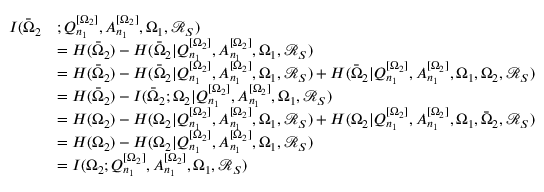
\begin{array} { r l } { I ( \bar { \Omega } _ { 2 } } & { ; Q _ { n _ { 1 } } ^ { [ \Omega _ { 2 } ] } , A _ { n _ { 1 } } ^ { [ \Omega _ { 2 } ] } , \Omega _ { 1 } , \mathcal { R } _ { S } ) } \\ & { = H ( \bar { \Omega } _ { 2 } ) - H ( \bar { \Omega } _ { 2 } | Q _ { n _ { 1 } } ^ { [ \Omega _ { 2 } ] } , A _ { n _ { 1 } } ^ { [ \Omega _ { 2 } ] } , \Omega _ { 1 } , \mathcal { R } _ { S } ) } \\ & { = H ( \bar { \Omega } _ { 2 } ) - H ( \bar { \Omega } _ { 2 } | Q _ { n _ { 1 } } ^ { [ \Omega _ { 2 } ] } , A _ { n _ { 1 } } ^ { [ \Omega _ { 2 } ] } , \Omega _ { 1 } , \mathcal { R } _ { S } ) + H ( \bar { \Omega } _ { 2 } | Q _ { n _ { 1 } } ^ { [ \Omega _ { 2 } ] } , A _ { n _ { 1 } } ^ { [ \Omega _ { 2 } ] } , \Omega _ { 1 } , \Omega _ { 2 } , \mathcal { R } _ { S } ) } \\ & { = H ( \bar { \Omega } _ { 2 } ) - I ( \bar { \Omega } _ { 2 } ; \Omega _ { 2 } | Q _ { n _ { 1 } } ^ { [ \Omega _ { 2 } ] } , A _ { n _ { 1 } } ^ { [ \Omega _ { 2 } ] } , \Omega _ { 1 } , \mathcal { R } _ { S } ) } \\ & { = H ( \Omega _ { 2 } ) - H ( \Omega _ { 2 } | Q _ { n _ { 1 } } ^ { [ \Omega _ { 2 } ] } , A _ { n _ { 1 } } ^ { [ \Omega _ { 2 } ] } , \Omega _ { 1 } , \mathcal { R } _ { S } ) + H ( \Omega _ { 2 } | Q _ { n _ { 1 } } ^ { [ \Omega _ { 2 } ] } , A _ { n _ { 1 } } ^ { [ \Omega _ { 2 } ] } , \Omega _ { 1 } , \bar { \Omega } _ { 2 } , \mathcal { R } _ { S } ) } \\ & { = H ( \Omega _ { 2 } ) - H ( \Omega _ { 2 } | Q _ { n _ { 1 } } ^ { [ \Omega _ { 2 } ] } , A _ { n _ { 1 } } ^ { [ \Omega _ { 2 } ] } , \Omega _ { 1 } , \mathcal { R } _ { S } ) } \\ & { = I ( \Omega _ { 2 } ; Q _ { n _ { 1 } } ^ { [ \Omega _ { 2 } ] } , A _ { n _ { 1 } } ^ { [ \Omega _ { 2 } ] } , \Omega _ { 1 } , \mathcal { R } _ { S } ) } \end{array}